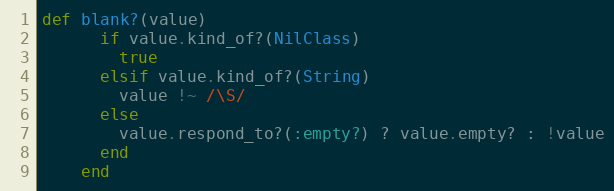
Language: Ruby
def blank?(value)
      if value.kind_of?(NilClass)
        true
      elsif value.kind_of?(String)
        value !~ /\S/
      else
        value.respond_to?(:empty?) ? value.empty? : !value
      end
    end